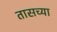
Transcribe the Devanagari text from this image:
तासच्या